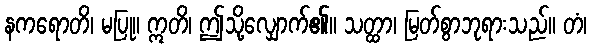
နကရောတိ၊ မပြု။ ဣတိ၊ ဤသို့လျှောက်၏။ သတ္ထာ၊ မြတ်စွာဘုရားသည်။ တံ၊